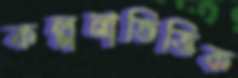
কল্পনাভিত্তিক